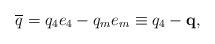
LaTeX: \begin{align*}\overline{q}=q_4e_4-q_me_m\equiv q_4-\mathbf{q} , \end{align*}